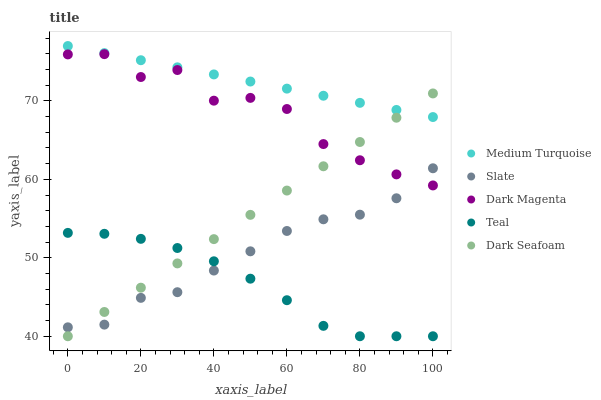
| xaxis_label | Medium Turquoise | Slate | Dark Magenta | Teal | Dark Seafoam |
 | --- | --- | --- | --- | --- | --- |
 | 0 | 77 | 41.1 | 75.9 | 53.2 | 40 |
 | 10 | 76.1 | 41.5 | 76 | 53.1 | 43.1 |
 | 20 | 75.2 | 44.9 | 73 | 52.4 | 46.2 |
 | 30 | 74.3 | 45.6 | 73.9 | 51.2 | 49.3 |
 | 40 | 73.4 | 48.4 | 70 | 49.6 | 52.4 |
 | 50 | 72.5 | 50.8 | 70.4 | 47.3 | 55.5 |
 | 60 | 71.6 | 53.4 | 69 | 44.6 | 58.6 |
 | 70 | 70.7 | 54.9 | 64.5 | 41.3 | 61.7 |
 | 80 | 69.8 | 55.5 | 62.4 | 40 | 64.8 |
 | 90 | 68.9 | 57.6 | 60.6 | 40 | 67.9 |
 | 100 | 67.9 | 61.4 | 59.2 | 40 | 71 |